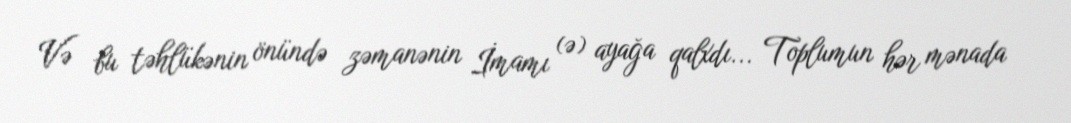
Və bu təhlükənin önündə zəmanənin İmamı (ə) ayağa qalxdı... Toplumun hər mənada